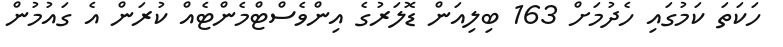
ހަކަތަ ކަމުގައި ހެދުމަށް 163 ބިލިއަން ޑޮލަރުގެ އިންވެސްޓްމެންޓެއް ކުރަން އެ ގައުމުން